Annual report on the Civil Veterinary Department, Burma (including the Insein Veterinary School) - 1923-1931
Year: 1923
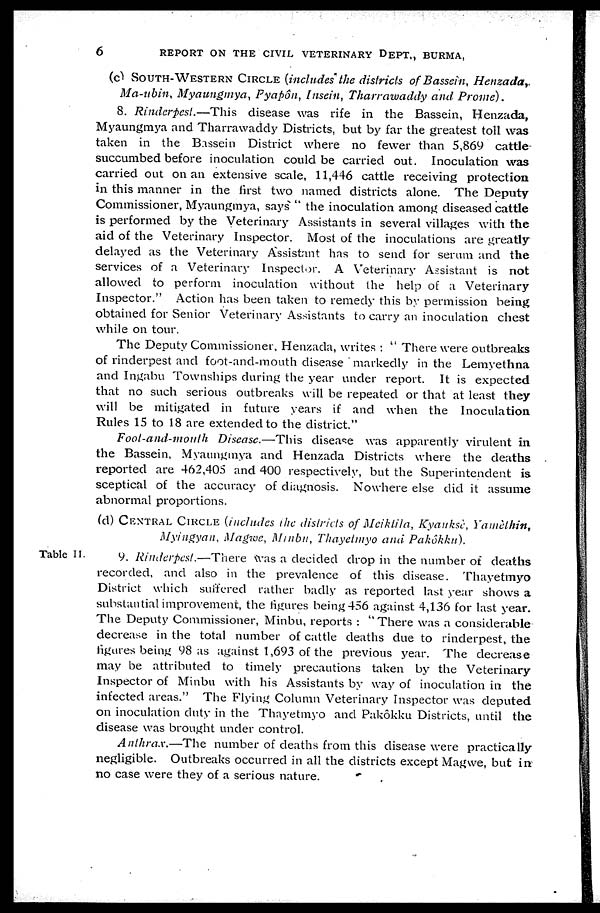
6
REPORT ON THE CIVIL VETERINARY DEPT., BURMA,
(c) SOUTH-WESTERN CIRCLE (includes the districts of Bassein,
Henzada,
Ma-ubin, Myaungmya, Pyapôn, Insein, Tharrawaddy and Prome).
8. Rinderpest.—This
disease was rife in the Bassein, Henzada,
Myaungmya and Tharrawaddy Districts, but by far the greatest toll was
taken in the Bissein District where no fewer than 5,869 cattle
succumbed before inoculation could be carried out. Inoculation was
carried out on an extensive scale, 11,446 cattle receiving protection
in this manner in the first two named districts alone. The Deputy
Commissioner, Myaungmya, says " the inoculation among diseased cattle
is performed by the Veterinary Assistants in several villages with the
aid of the Veterinary Inspector. Most of the inoculations are greatly
delayed as the Veterinary Assistant has to send for serum and the
services of a Veterinary Inspector. A Veterinary Assistant is not
allowed to perform inoculation without the help of a Veterinary
Inspector." Action has been taken to remedy this by permission being
obtained for Senior Veterinary Assistants to carry an inoculation chest
while on tour.
The Deputy Commissioner. Henzada, writes : " There were outbreaks
of rinderpest and foot-and-mouth disease markedly in the Lemyethna
and Ingabu Townships during the year under report. It is expected
that no such serious outbreaks will be repeated or that at least they
will be mitigated in future years if and when the Inoculation
Rules 15 to 18 are extended to the district."
Foot-and-mouth
Disease.—This
disease was apparently virulent in
the Bassein. Myaungmya and Henzada Districts where the deaths
reported are 462,405 and 400 respectively, but the Superintendent is
sceptical of the accuracy of diagnosis. Nowhere else did it assume
abnormal proportions.
(d) CENTRAL CIRCLE (includes the districts of Mciktila, Kyanksè,
Yamèthin,
Myingyan, Magive, Minbu, Thayetmyo and
Pakôkku).
Table II.
9. Rinderpest.—There
Was a decided drop in the number of deaths
recorded, and also in the prevalence of this disease. Thayetmyo
District which suffered rather badly as reported last year shows a
substantial improvement, the figures being 456 against 4,136 for last year.
The Deputy Commissioner, Minbu, reports : "There was a considerable
decrease in the total number of cattle deaths due to rinderpest, the
figures being 98 as against 1,693 of the previous year. The decrease
may be attributed to timely precautions taken by the Veterinary
Inspector of Minbu with his Assistants by way of inoculation in the
infected areas." The Flying Column Veterinary Inspector was deputed
on inoculation duty in the Thayetmyo and Pakôkku Districts, until the
disease was brought under control.
Anthrax.—The
number of deaths from this disease were practically
negligible. Outbreaks occurred in all the districts except Magwe, but in
no case were they of a serious nature.